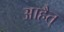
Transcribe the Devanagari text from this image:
आहैत्